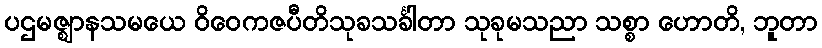
ပဌမဇ္ဈာနသမယေ ဝိဝေကဇပီတိသုခသင်္ခါတာ သုခုမသညာ သစ္စာ ဟောတိ, ဘူတာ